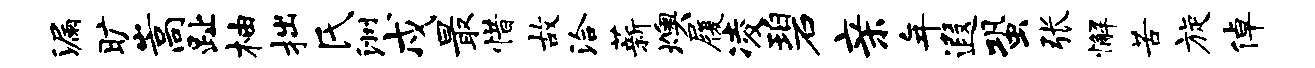
漏旷嵩趾柚拙氏洲戍最惜故洽薪燠履凌碧亲年遐蛩张懈苦旋倬